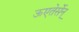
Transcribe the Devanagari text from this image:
ऊएतेर्सेन्